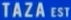
TAZA EST